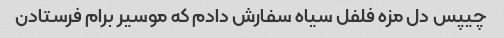
چیپس دل مزه فلفل سیاه سفارش دادم که موسیر برام فرستادن